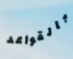
بالقواعد